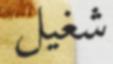
شغيل